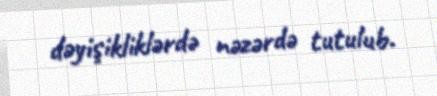
dəyişikliklərdə nəzərdə tutulub.